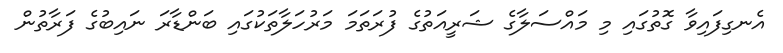
އެނގިފައިވާ ގޮތުގައި މި މައްސަލާގެ ޝަރީއަތުގެ ފުރަތަމަ މަރުހަލާތަކުގައި ބަންޑާރަ ނައިބުގެ ފަރާތުން